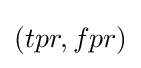
(tpr,fpr)